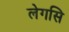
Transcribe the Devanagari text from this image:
लेगसि